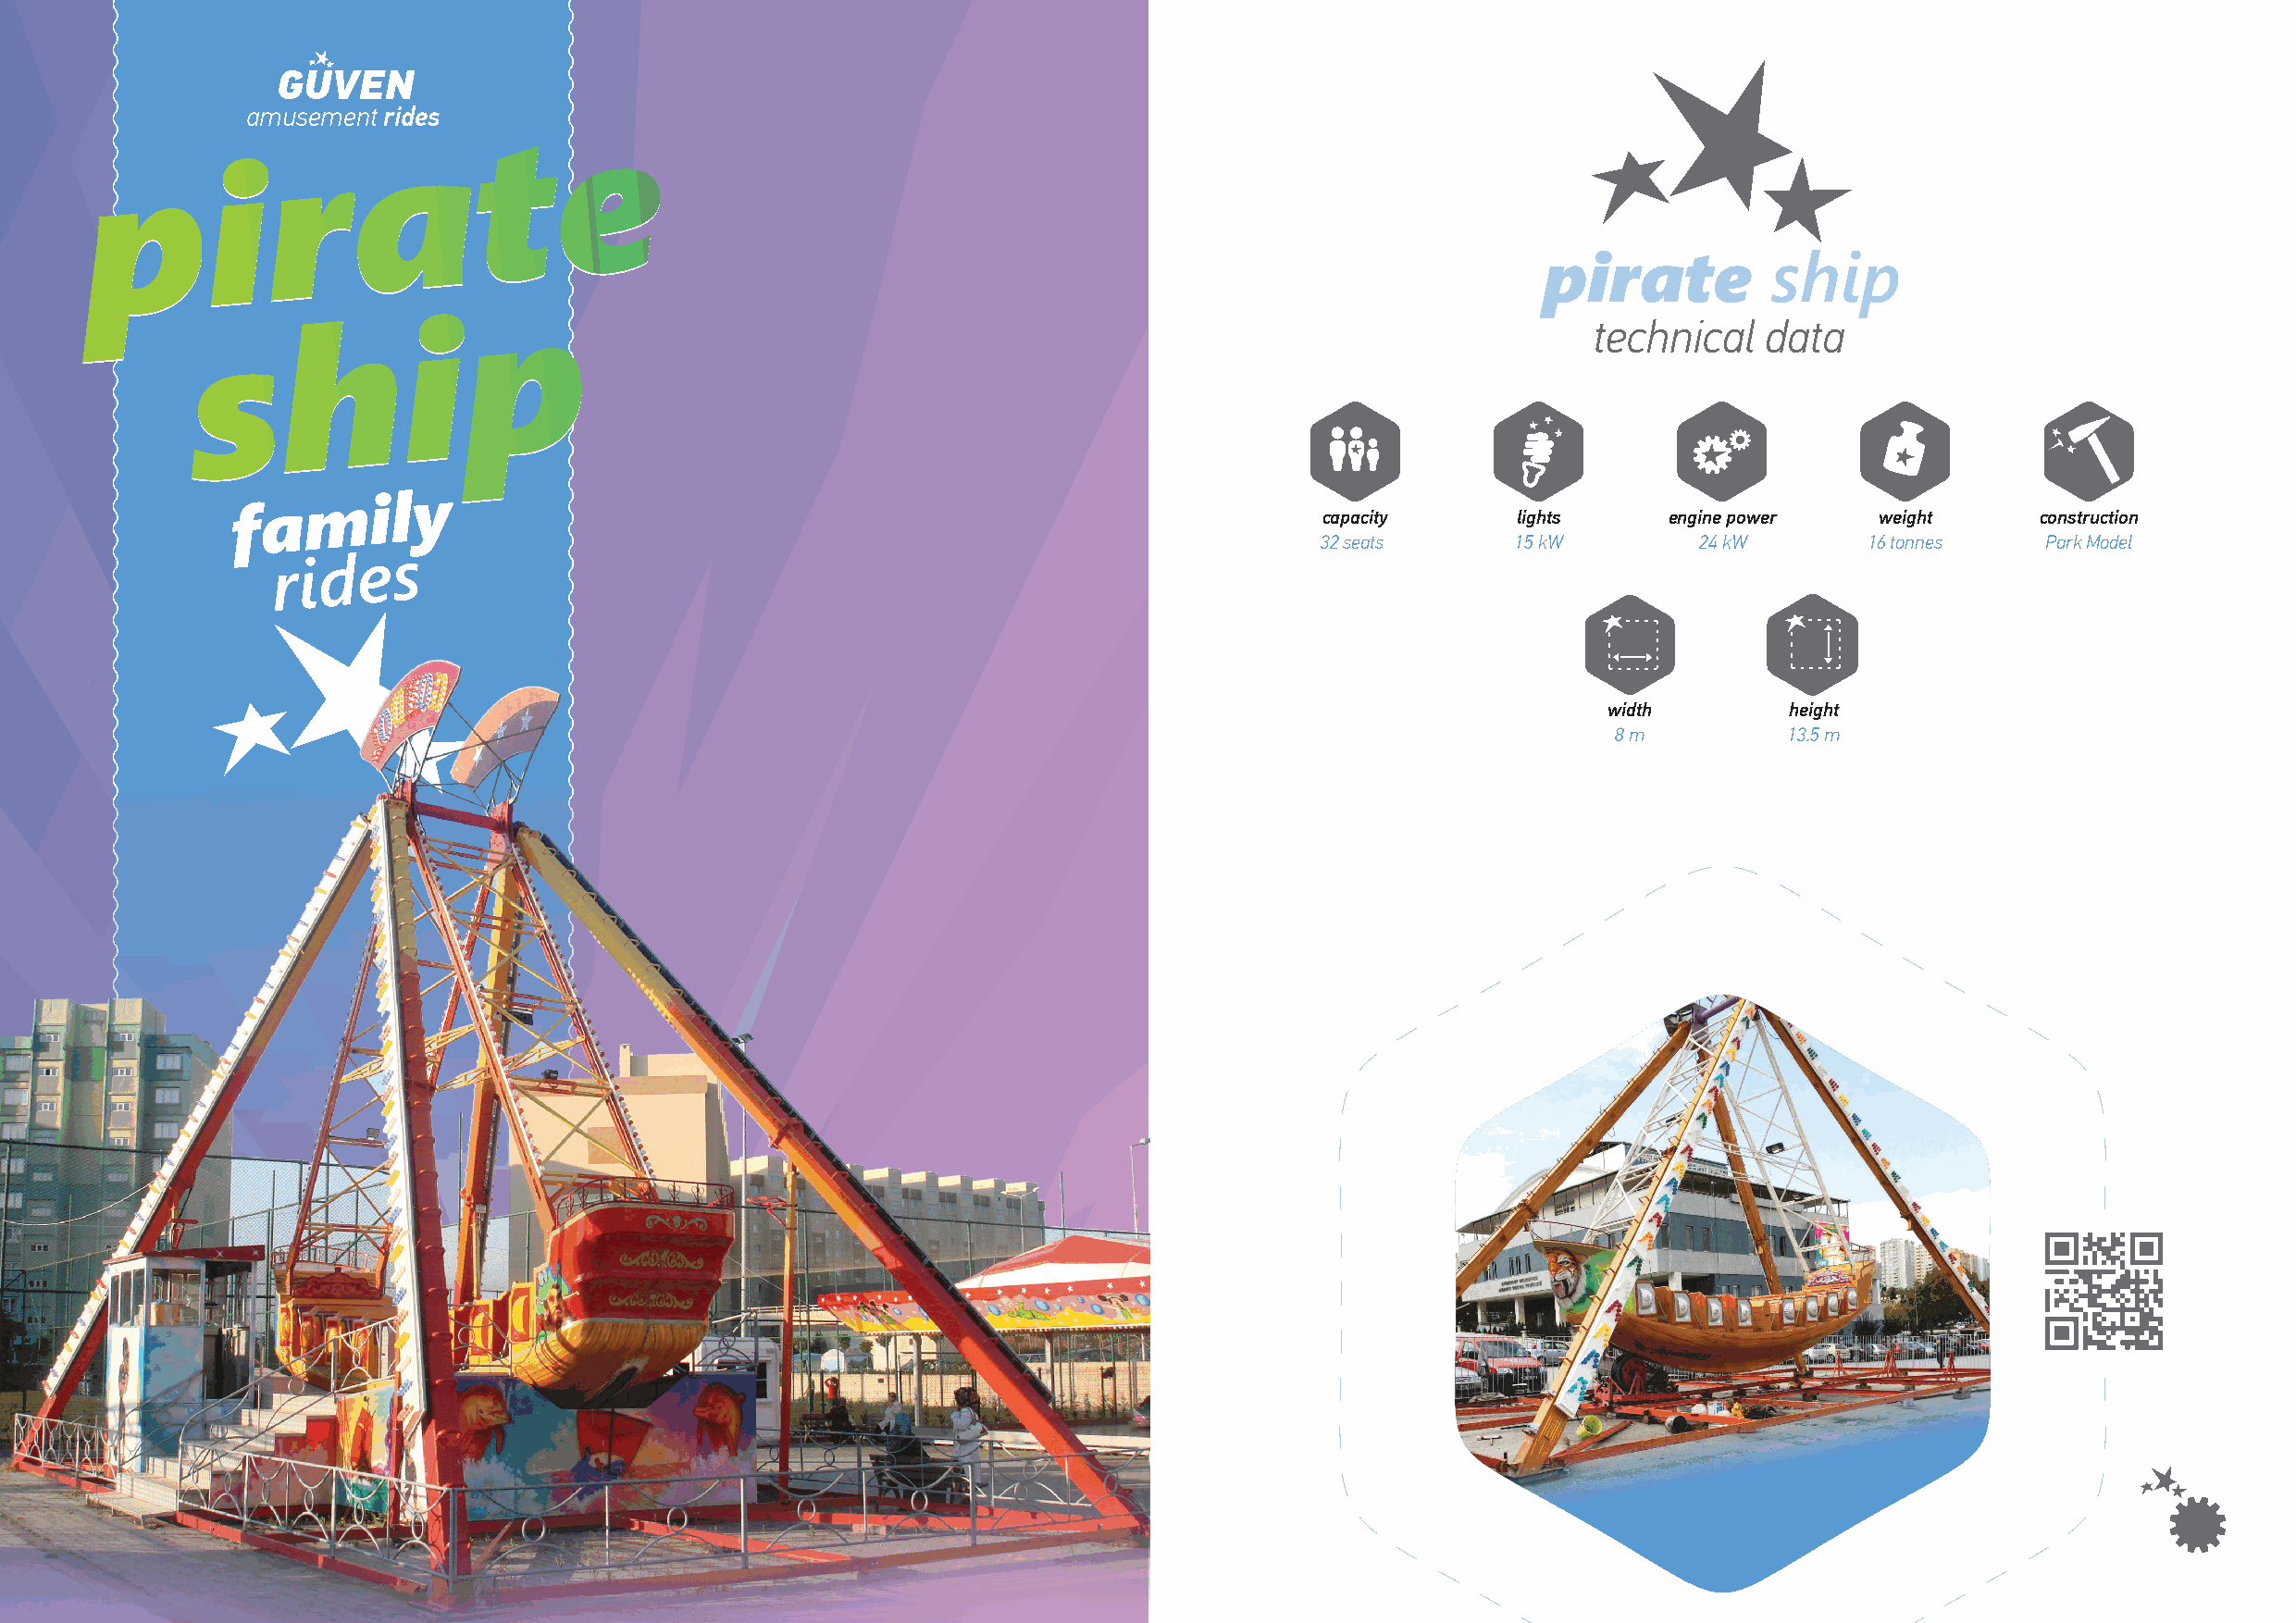
GUVEN
 amusement rides
 ee
 aa
 tt
 pp       ii
 rr
 pirate           ship
 pp
 hh       ii                                                                                  technical   data
 ss
 f a  m    i l y                                                               capacity     lights     engine power   weight      construction
 32 seats      15 kW         24 kW       16 tonnes   Park Model
 r i d e s
 width        height
 8 m         13.5 m